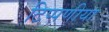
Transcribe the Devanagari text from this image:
टिप्पणीया